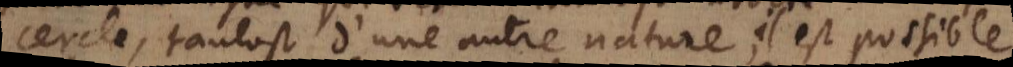
cercle, tantost d’une autre nature, il est possible